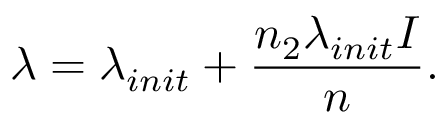
\lambda = \lambda _ { i n i t } + \frac { n _ { 2 } \lambda _ { i n i t } I } { n } .